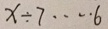
x \div 7 \cdots 6